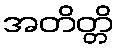
အတိတ္တိ